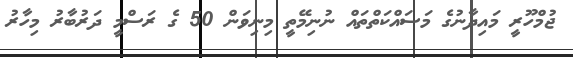
ޖުމްހޫރީ މައިދާނުގެ މަސައްކަތްތައް ނުނިމޭތީ މިނިވަން 50 ގެ ރަސްމީ ދަރުބާރު މިހާރު